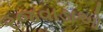
રજવાડાઓ